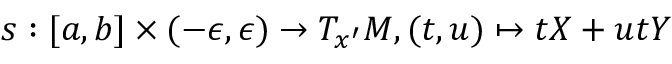
s : [ a , b ] \times ( - \epsilon , \epsilon ) \rightarrow T _ { x ^ { \prime } } M , ( t , u ) \mapsto t X + u t Y